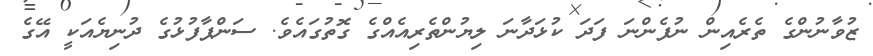
ޒުވާނުންގެ ތެރެއިން ނުފެންނަ ފަދަ ކުޅަދާނަ ލިޔުންތެރިއެއްގެ ގޮތުގައެވެ. ސަންޕާފުޅުގެ ދުނިޔެއަކީ އޭގެ